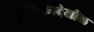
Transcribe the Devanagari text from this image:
पुस्तिकादेखील